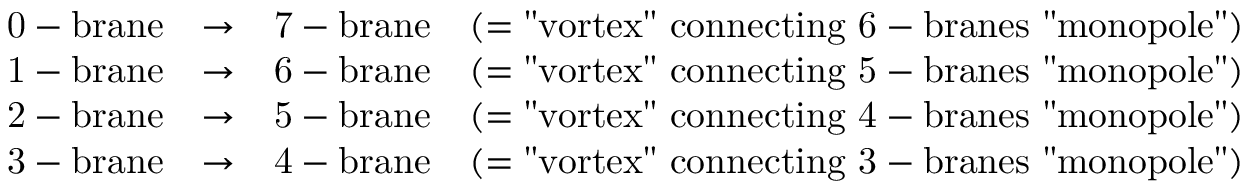
\begin{array} { c c c c } { { \mathrm { 0 - b r a n e } } } & { { \rightarrow } } & { { \mathrm { 7 - b r a n e } } } & { { ( = \mathrm { " v o r t e x " ~ c o n n e c t i n g ~ 6 - b r a n e s ~ " m o n o p o l e " } ) } } \\ { { \mathrm { 1 - b r a n e } } } & { { \rightarrow } } & { { \mathrm { 6 - b r a n e } } } & { { ( = \mathrm { " v o r t e x " ~ c o n n e c t i n g ~ 5 - b r a n e s ~ " m o n o p o l e " } ) } } \\ { { \mathrm { 2 - b r a n e } } } & { { \rightarrow } } & { { \mathrm { 5 - b r a n e } } } & { { ( = \mathrm { " v o r t e x " ~ c o n n e c t i n g ~ 4 - b r a n e s ~ " m o n o p o l e " } ) } } \\ { { \mathrm { 3 - b r a n e } } } & { { \rightarrow } } & { { \mathrm { 4 - b r a n e } } } & { { ( = \mathrm { " v o r t e x " ~ c o n n e c t i n g ~ 3 - b r a n e s ~ " m o n o p o l e " } ) } } \end{array}